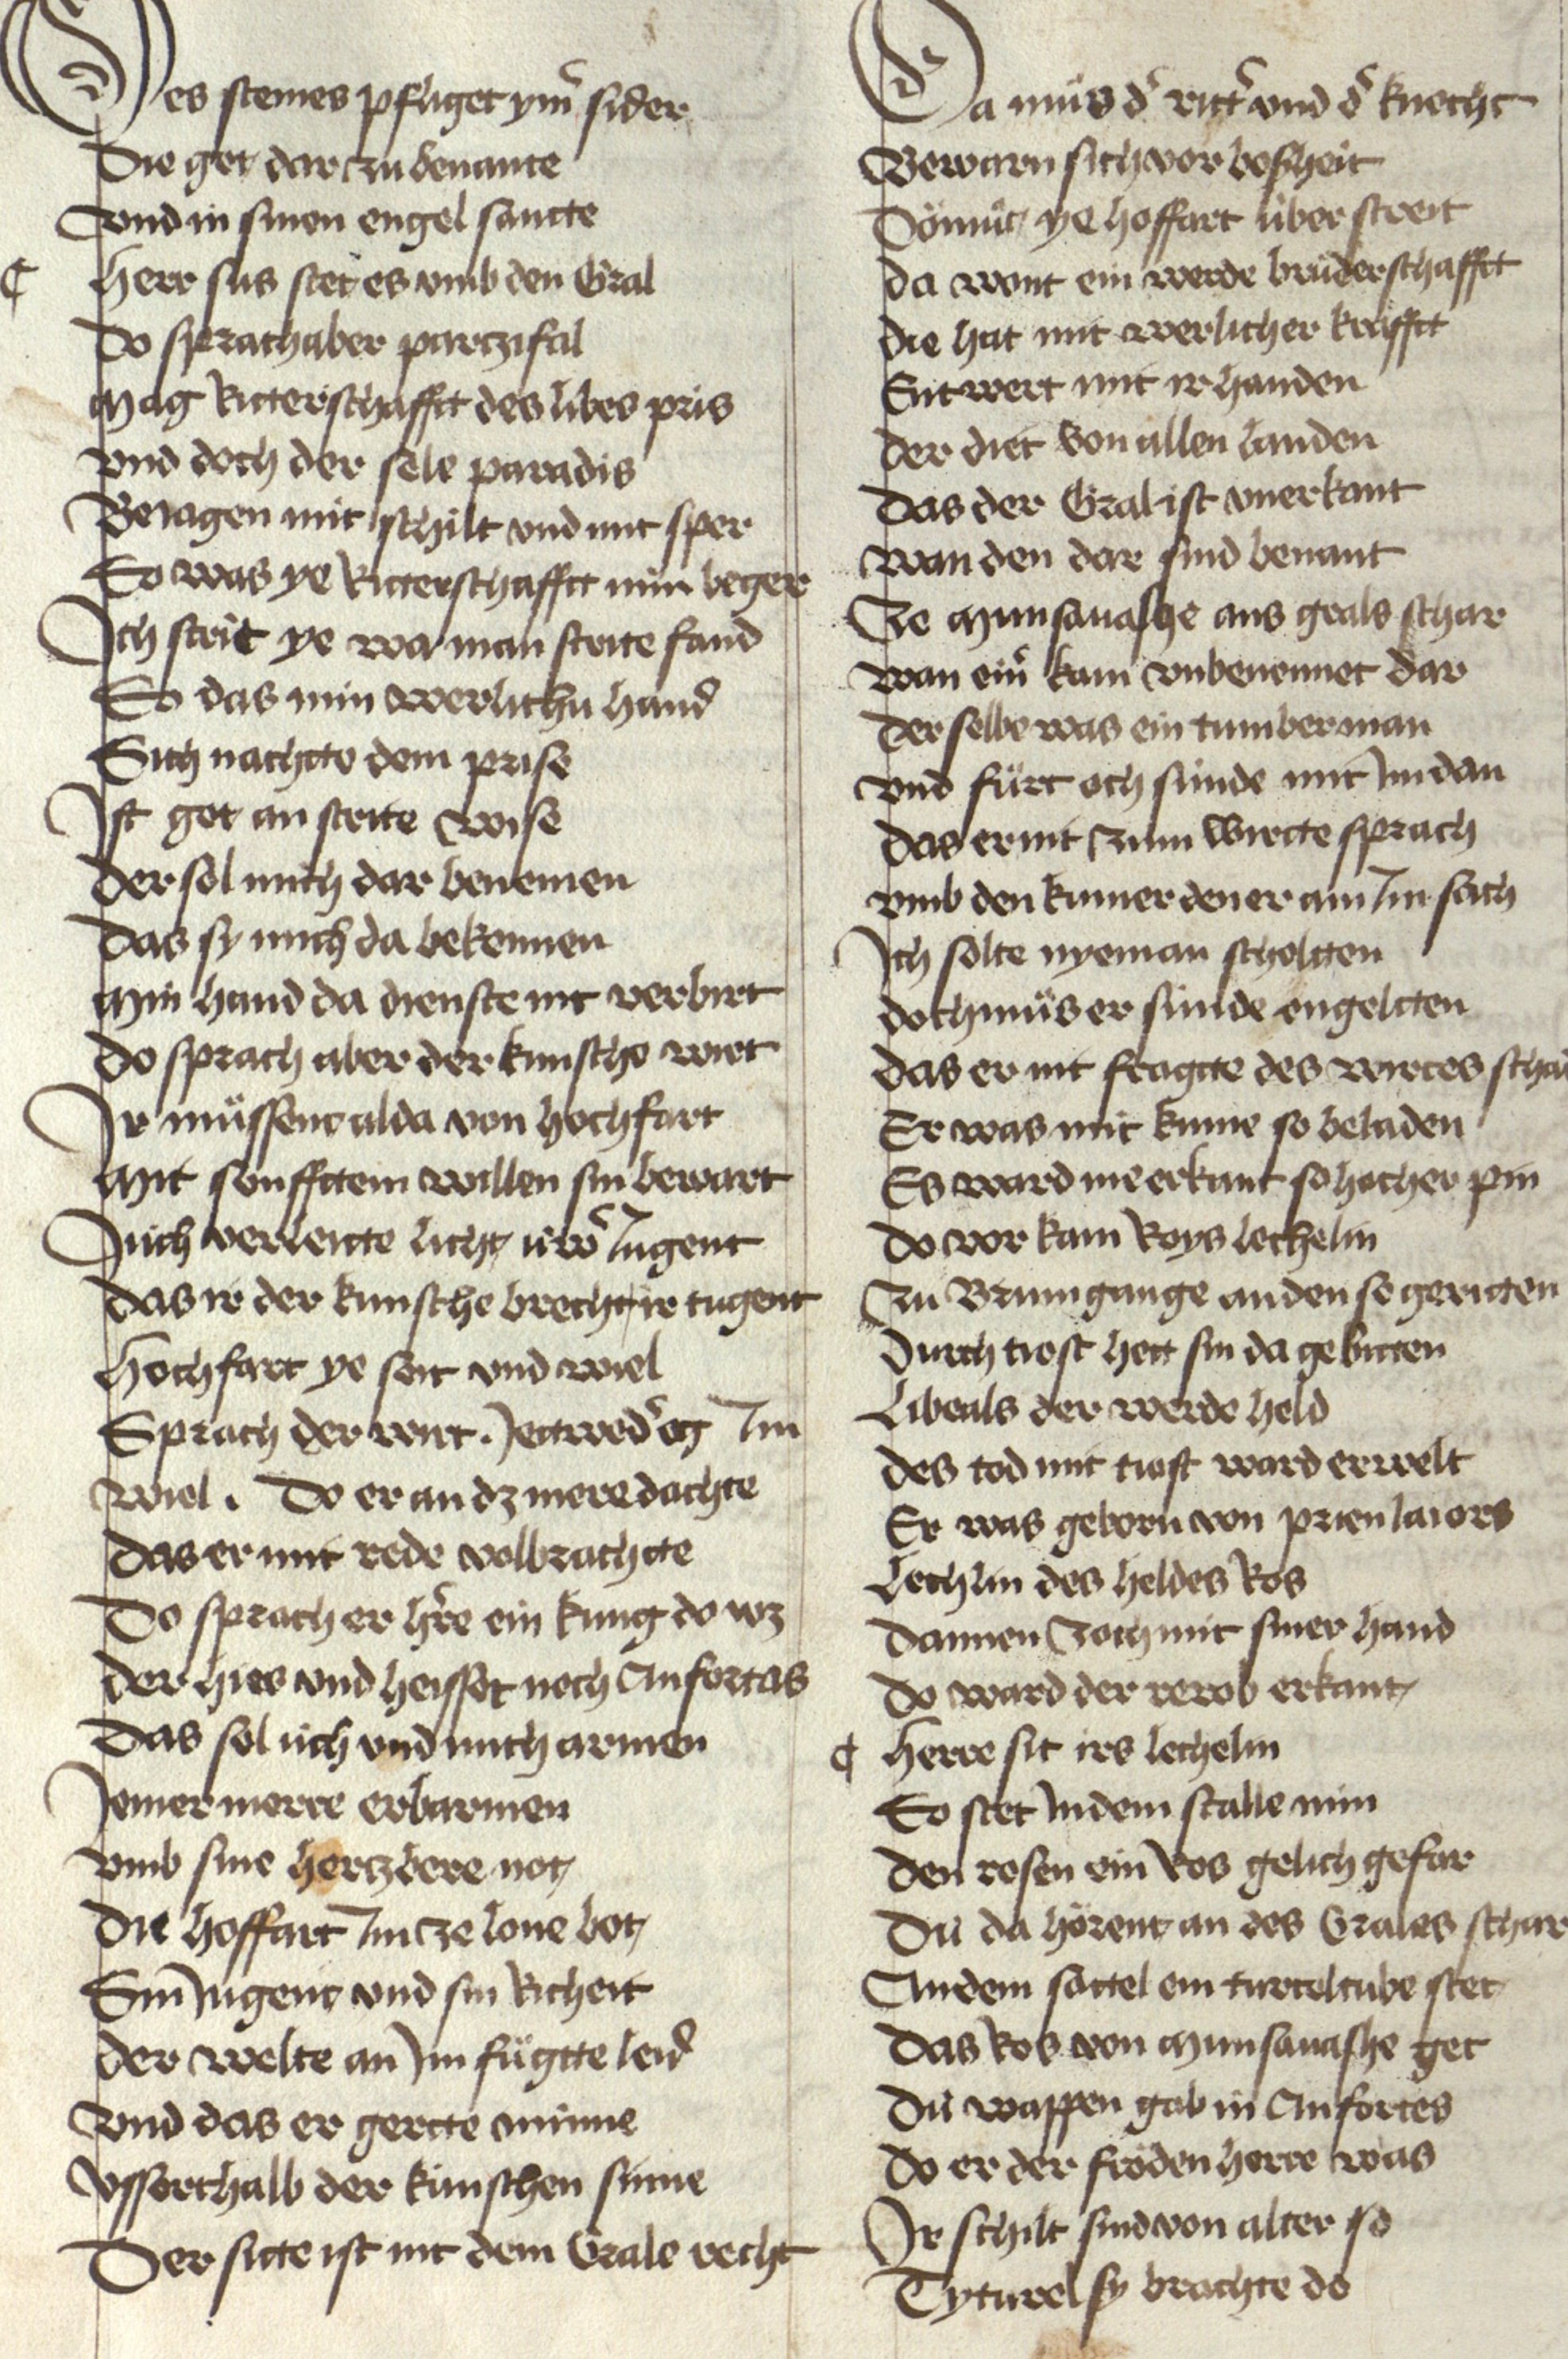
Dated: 1467–1467